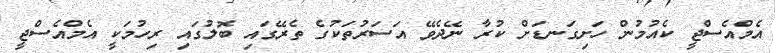
އެމްއެސްޖީ ކެއުމުން ހަށިގަނޑަށް ކުރާ ނޭދެވޭ އަސަރުތަކުގެ ތެރޭގައި ބޮލުގައި ރިހުމަކީ އެމްއެސްޖީ